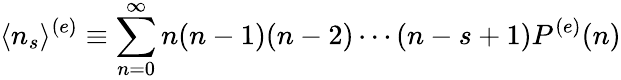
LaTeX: \langle n_{s}\rangle^{(e)}\equiv\sum_{n=0}^{\infty}n(n-1)(n-2)\cdots(n-s+1)P^{(e)}(n)